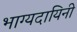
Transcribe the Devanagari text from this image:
भाग्यदायिनी